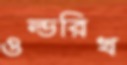
ওল্ডরিখ